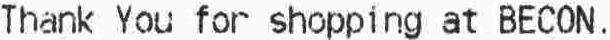
THANK YOU FOR SHOPPING AT BECON.